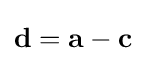
\mathbf {d} =\mathbf {a} -\mathbf {c}